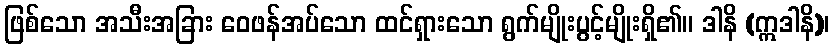
ဖြစ်သော အသီးအခြား ဝေဖန်အပ်သော ထင်ရှားသော ရွက်မျိုးပွင့်မျိုးရှိ၏။ ဒါနိ (ဣဒါနိ)၊